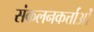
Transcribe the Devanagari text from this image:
संकलनकर्त्ताओं